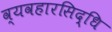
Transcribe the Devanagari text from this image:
व्यवहारसिद्धि